Sanitation, dispensaries and jails vaccination Rajputana 1922-1927 - 1922-1927
Year: 1922
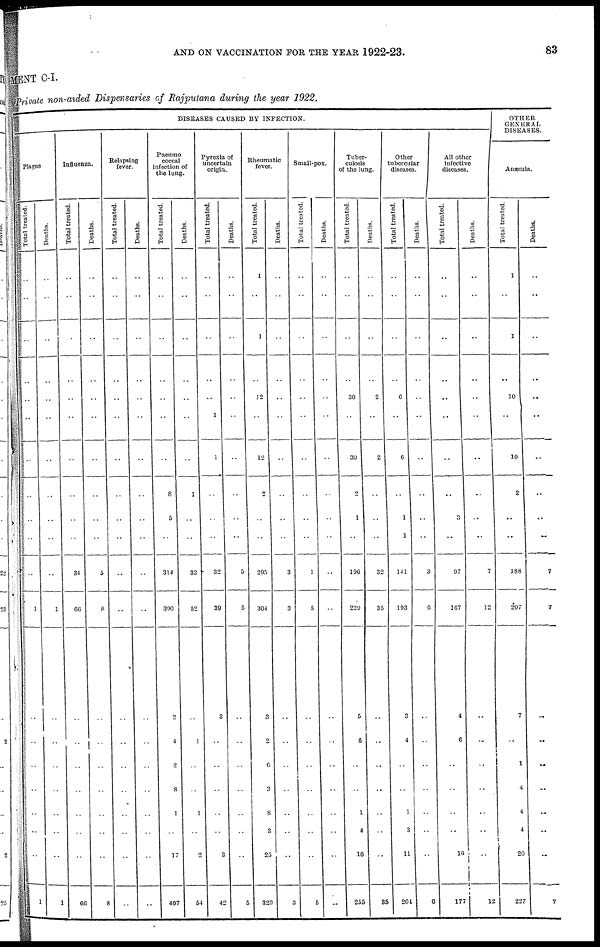
AND ON VACCINATION FOR THE YEAR 1922-23.
83
MENT C-I.
Private non-aided Dispensaries of Rajputana during the year 1922.
DISEASES CAUSED BY INFECTION.
Plague
Total treated.
..
..
..
..
..
..
..
..
..
..
..
1
..
..
..
..
..
..
..
1
Deaths.
..
..
..
..
..
..
..
..
..
..
..
1
..
..
..
..
..
..
..
1
Influenza.
Total treated.
..
..
..
..
..
..
..
..
..
..
34
66
..
..
..
..
..
..
..
66
Deaths.
..
..
..
..
..
..
..
..
..
..
5
8
..
..
..
..
..
..
..
8
Relapsing
fever.
Total treated.
..
..
..
..
..
..
..
..
..
..
..
..
..
..
..
..
..
..
..
..
Deaths.
..
..
..
..
..
..
..
..
..
..
..
..
..
..
..
..
..
..
..
..
Pneumo
coccal
infection of
the lung.
Total treated.
..
..
..
..
..
..
..
8
5
..
314
390
2
4
2
8
1
..
17
407
Deaths.
..
..
..
..
..
..
..
1
..
..
33
52
..
1
..
..
1
..
2
54
Pyrexia of
uncertain
origin.
Total treated.
..
..
..
..
..
1
1
..
..
..
32
39
3
..
..
..
..
..
3
42
Deaths.
..
..
..
..
..
..
..
..
..
..
5
5
..
..
..
..
..
..
..
5
Rheumatic
fever.
Total treated.
1
..
1
..
12
..
12
2
..
..
295
304
3
2
6
3
8
3
25
329
Deaths.
..
..
..
..
..
..
..
..
..
..
3
3
..
..
..
..
..
..
..
3
Small-pox.
Total treated.
..
..
..
..
..
..
..
..
..
..
1
5
..
..
..
..
..
..
..
5
Deaths.
..
..
..
..
..
..
..
..
..
..
..
..
..
..
..
..
..
..
..
..
Tuber-
culosis
of the lung.
Total treated.
..
..
..
..
30
..
30
2
1
..
196
239
5
6
..
..
1
4
16
255
Deaths.
..
..
..
..
2
..
2
..
..
..
32
35
..
..
..
..
..
..
..
35
Other
tubercular
diseases.
Total treated.
..
..
..
..
6
..
6
..
1
1
141
193
3
4
..
..
1
3
11
204
Deaths.
..
..
..
..
..
..
..
..
..
..
3
6
..
..
..
..
..
..
..
6
All other
infective
diseases.
Total treated.
..
..
..
..
..
..
..
..
3
..
97
167
4
6
..
..
..
..
10
177
Deaths.
..
..
..
..
..
..
..
..
..
..
7
12
..
..
..
..
..
..
..
12
OTHER
GENERAL
DISEASES.
Anæmin.
Total treated.
1
..
1
..
10
..
10
2
..
..
188
207
7
..
1
4
4
4
20
227
Deaths.
..
..
..
..
..
..
..
..
..
..
7
7
..
..
..
..
..
..
..
7